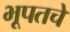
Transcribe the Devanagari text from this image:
भूपतचे